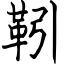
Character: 靷